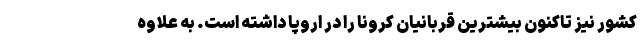
کشور نیز تاکنون بیشترین قربانیان کرونا را در اروپا داشته است. به علاوه